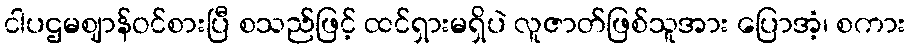
ငါပဌမဈာန်ဝင်စားပြီ စသည်ဖြင့် ထင်ရှားမရှိပဲ လူဇာတ်ဖြစ်သူအား ပြောအံ့၊ စကား